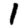
Digit: 1